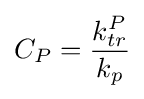
C_{P}={\frac {k_{tr}^{P}}{k_{p}}}